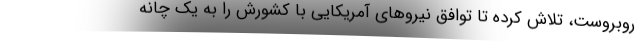
روبروست، تلاش کرده تا توافق نیروهای آمریکایی با کشورش را به یک چانه